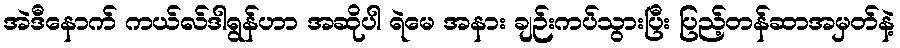
အဲဒီနောက် ကယ်လ်ဒါရွန်ဟာ အဆိုပါ ရဲမေ အနား ချဉ်းကပ်သွားပြီး ပြည့်တန်ဆာအမှတ်နဲ့